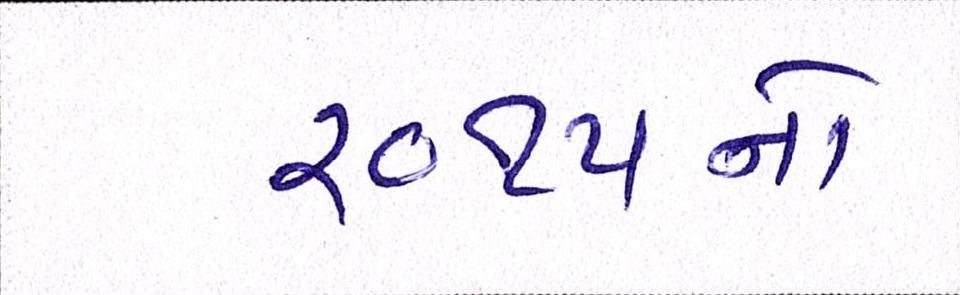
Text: ૨૦૧૫નો